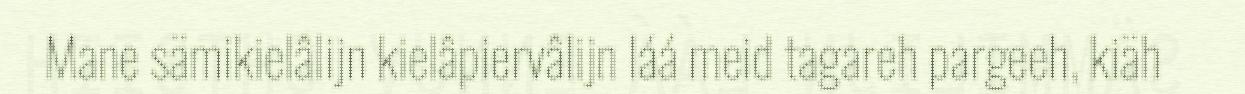
Mane sämikielâlijn kielâpiervâlijn láá meid tagareh pargeeh, kiäh